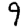
Digit: 9